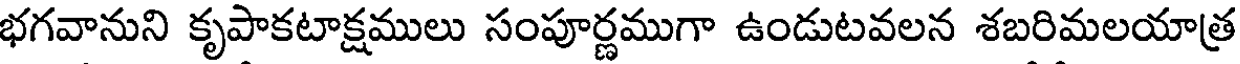
భగవానుని కృపాకటాక్షములు సంపూర్ణముగా ఉండుటవలన శబరిమలయాత్ర